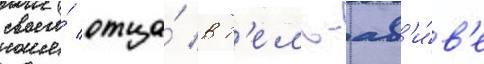
своего́ отца́ в т'ель-ав'и́в'е